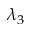
\lambda _ { 3 }